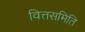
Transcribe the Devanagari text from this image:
वित्तसमिति